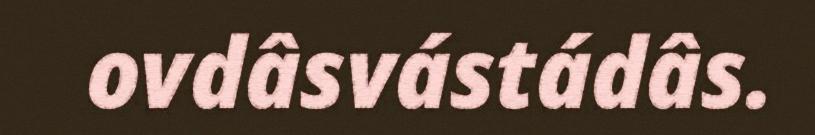
ovdâsvástádâs.